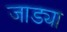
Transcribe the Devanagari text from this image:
जाड्या